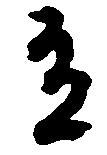
有